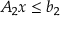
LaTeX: A _ { 2 } x \leq b _ { 2 }